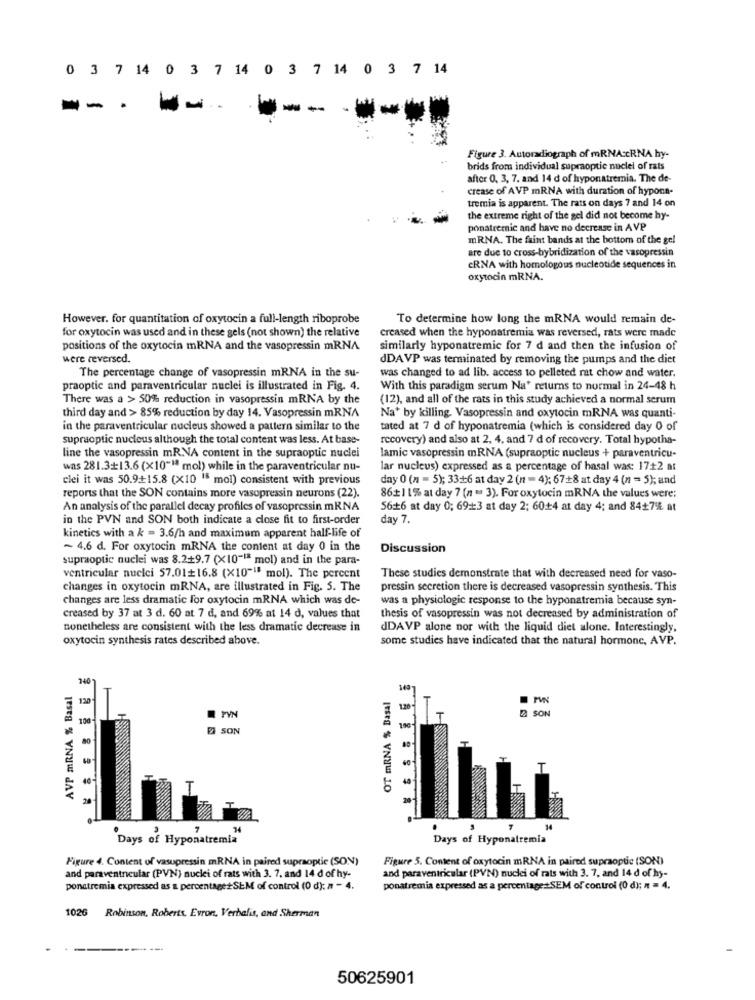
0 3 7 14 0 3 7 14 0 3 7 14 0 3 7 14
-- -
---
Figure 3. Autoradiograph of mRNA:ERNA hy-
brids from individual supraoptic nuclei of rats
after 0, 3, 7. and 14 d of hyponatremia. The de-
crease of AVP mRNA with duration of hypona-
tremia is apparent. The rats on days 7 and 14 on
the extreme right of the gel did not become hy-
ponatremic and have no decrease in AVP
mRNA. The faint bands at the bottom of the gel
are due to cross-hybridization of the vasopressin
CRNA with homologous nucleotide sequences in
oxytocin mRNA.
However. for quantitation of oxytocin a full-length riboprobe
To determine how long the mRNA would remain de-
for oxytocin was used and in these gels (not shown) the relative
creased when the hyponatremia was reversed, rats were made
positions of the oxytocin mRNA and the vasopressin mRNA
similarly hyponatremic for 7 d and then the infusion of
were reversed.
JDAVP was terminated by removing the pumps and the diet
The percentage change of vasopressin mRNA in the su-
was changed to ad lib. access to pelleted rat chow and water.
praoptic and paraventricular nuclei is illustrated in Fig. 4.
With this paradigm serum Na' returns to normal in 24-48 h
There was a > 50% reduction in vasopressin mRNA by the
(12), and all of the rats in this study achieved a normal serum
third day and > 85% reduction by day 14. Vasopressin mRNA
Na+ by killing. Vasopressin and oxytocin mRNA was quanti-
in the paraventricular nucleus showed a pattern similar to the
tated at 7 d of hyponatremia (which is considered day 0 of
supraoptic nucleus although the total content was less. At base-
recovery) and also at 2, 4, and 7 d of recovery. Total hypotha-
line the vasopressin mRNA content in the supraoptic nuclei
lamic vasopressin mRNA (supraoptic nucleus + paraventricu-
was 281.3+13.6 (x10"1ª mol) while in the paraventricular nu-
lar nucleus) expressed as a percentage of hasal was: 17+2 at
clei it was 50.9+15.8 (X10 "" mol) consistent with previous
day 0 (n = 5); 33+6 at day 2 (n = 4); 67+8 at day 4 (n = 5); and
reports that the SON contains more vasopressin neurons (22).
86+11% at day 7 (n = 3). For oxytocin mRNA the values were:
An analysis of the parallel decay profiles of vasopressin mRNA
5616 at day 0; 69-13 at day 2; 60+4 at day 4; and 84+7% at
in the PVN and SON both indicate a close fit to first-order
day 7.
kinetics with a k = 3.6/h and maximum apparent half-life of
~ 4.6 d. For oxytocin mRNA the content at day 0 in the
Discussion
supraoptic nuclei was 8.2+9.7 (X10-18 mol) and in the para-
ventricular nuclei 57.01+16.8 (X10""" mol). The percent
These studies demonstrate that with decreased need for vaso-
changes in oxytocin mRNA, are illustrated in Fig. 5. The
pressin secretion there is decreased vasopressin synthesis. This
changes are less dramatic for oxytocin mRNA which was de-
was a physiologic response to the hyponatremia because syn-
creased by 37 at 3 d. 60 at 7 d, and 69% at 14 d, values that
thesis of vasopressin was not decreased by administration of
nonetheless are consistent with the less dramatic decrease in
dDAVP alone nor with the liquid diet alone. Interestingly,
oxytocin synthesis rates described above.
some studies have indicated that the natural hormonc, AVP.
AVP mRNA % Basal
340
OT mRNA % Basal
149
130
PV
2 SON
196
D SON
100
14
Days of Hyponatremia
Days of Hyponatremia
Figure 4. Content of vasopressin mRNA in paired supraoptic (SON)
Figure 5. Content of oxytocin mRNA in paired supraoptie (SON)
and paraventricular (PVN) nuclei of rats with 3. 7, and 14 d of hy-
and paraventricular (PVN) nuclei of rats with 3. 7. and 14 d of hy-
ponatremia expressed as a percentage#SEM of control (0 d): # - 4.
ponatremia expressed as a percentage +SEM of control (0 d); n = 4.
102G
Robinson, Roberts, Evron, Verbalis, and Sherman
50625901